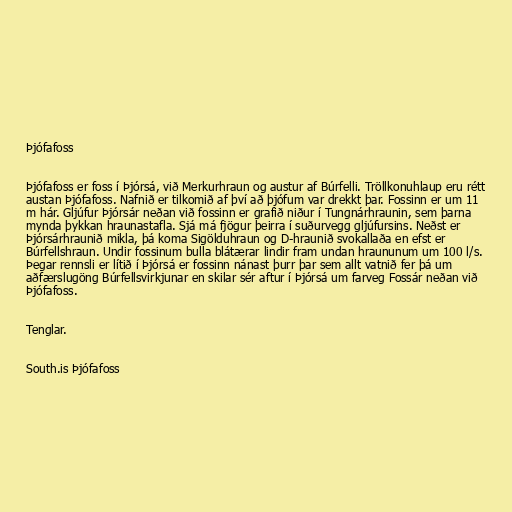
Þjófafoss

Þjófafoss er foss í Þjórsá, við Merkurhraun og austur af Búrfelli. Tröllkonuhlaup eru rétt
austan Þjófafoss. Nafnið er tilkomið af því að þjófum var drekkt þar. Fossinn er um 11
m hár. Gljúfur Þjórsár neðan við fossinn er grafið niður í Tungnárhraunin, sem þarna
mynda þykkan hraunastafla. Sjá má fjögur þeirra í suðurvegg gljúfursins. Neðst er
Þjórsárhraunið mikla, þá koma Sigölduhraun og D-hraunið svokallaða en efst er
Búrfellshraun. Undir fossinum bulla blátærar lindir fram undan hraununum um 100 l/s.
Þegar rennsli er lítið í Þjórsá er fossinn nánast þurr þar sem allt vatnið fer þá um
aðfærslugöng Búrfellsvirkjunar en skilar sér aftur í Þjórsá um farveg Fossár neðan við
Þjófafoss.

Tenglar.

South.is Þjófafoss